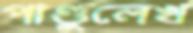
পাণ্ডুলেখ